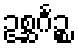
ဥစ္ဆင်္ဂဉ္စ